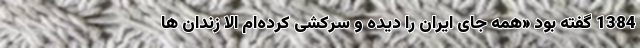
1384 گفته بود «همه جای ایران را دیده و سرکشی کرده‌ام الا زندان ها